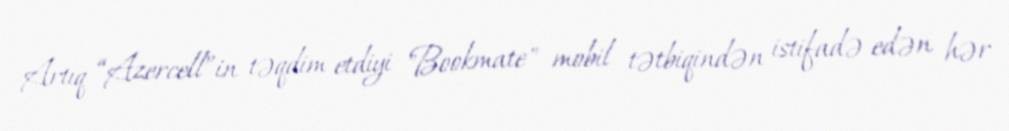
Artıq “Azercell”in təqdim etdiyi "Bookmate" mobil tətbiqindən istifadə edən hər